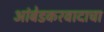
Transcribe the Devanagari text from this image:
आंबेडकरवादाचा